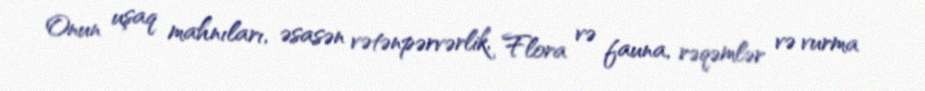
Onun uşaq mahnıları, əsasən vətənpərvərlik, Flora və fauna, rəqəmlər və vurma